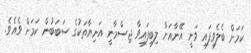
ކަމަށް ބެލެވިފައި ވަނީ އޭނާއަށް ލިބިފައިވާ ޖިސްމާނީ އަނިޔާތަކުގެ ސަބަބުން ކަމަށް ވެއެވެ.